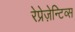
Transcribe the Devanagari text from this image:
रेप्रेज़ेन्टिव्स